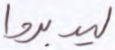
ليدبروا